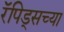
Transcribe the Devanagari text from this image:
रॅपिड्सच्या